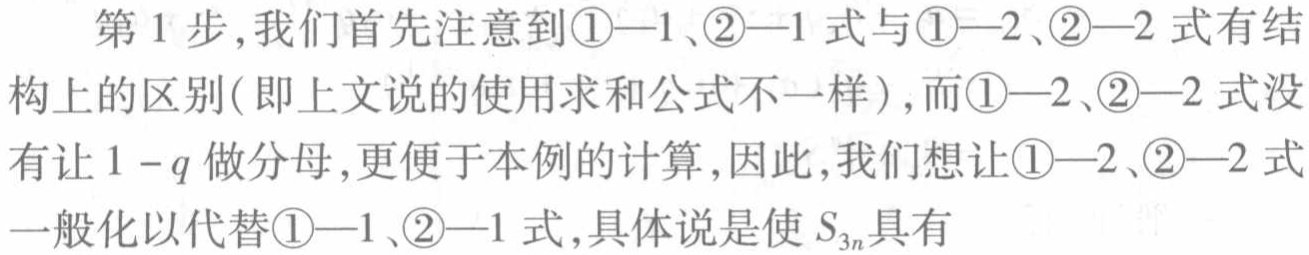
第1步,我们首先注意到\textcircled{1}—1、\textcircled{2}—1式与\textcircled{1}—2、\textcircled{2}—2式有结构上的区别(即上文说的使用求和公式不一样),而\textcircled{1}—2、\textcircled{2}—2式没有让\(1 - q\)做分母,更便于本例的计算,因此,我们想让\textcircled{1}—2、\textcircled{2}—2式一般化以代替\textcircled{1}—1、\textcircled{2}—1式,具体说是使\(S_{3n}\)具有